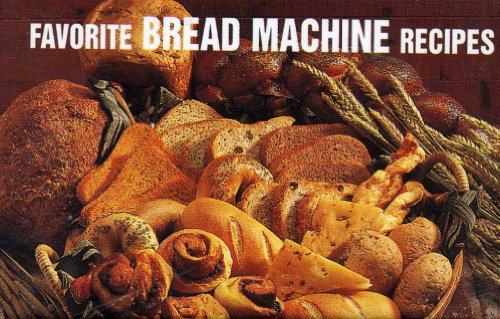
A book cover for Favorite Bread Machine Recipes (Magnetic Book); Donna Rathmell German; Cookbooks, Food & Wine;